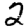
Digit: 2